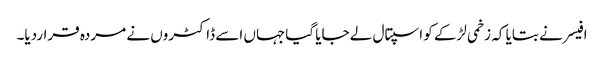
افیسر نے بتایا کہ زخمی لڑکے کو اسپتال لے جایا گیاجہاں اسے ڈاکٹروں نے مردہ قراردیا۔